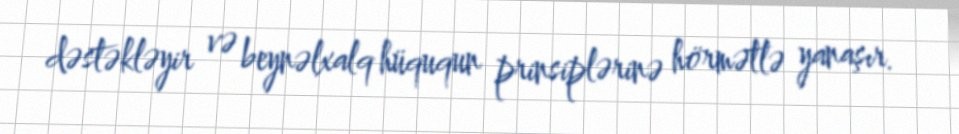
dəstəkləyir və beynəlxalq hüququn prinsiplərinə hörmətlə yanaşır.